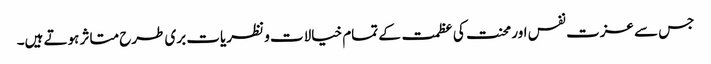
جس سے عزت نفس اور محنت کی عظمت کے تمام خیالات و نظریات بری طرح متاثر ہوتے ہیں۔